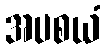
အပစယံ